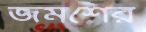
জমশের